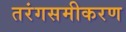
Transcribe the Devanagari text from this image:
तरंगसमीकरण